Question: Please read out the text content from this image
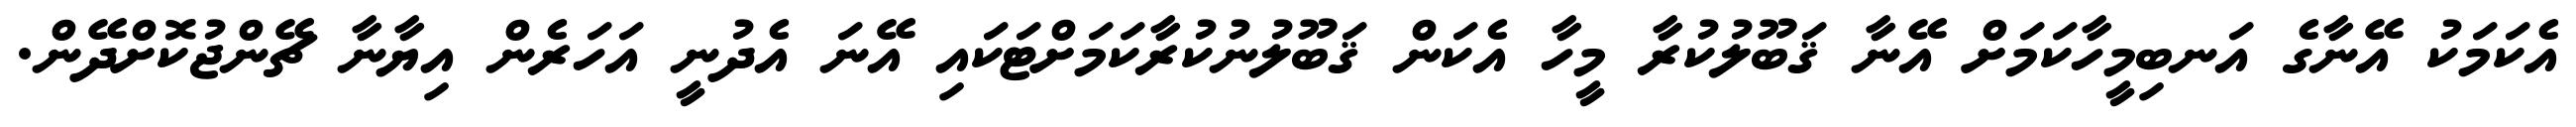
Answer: އެކަމަކު އޭނާގެ އަނބިމީހާކަމަށް އޭނާ ޤަބޫލުކުރާ މީހާ އެކަން ޤަބޫލުނުކުރާކަމަށްޓަކައި އޭނަ އެދުނީ އަހަރެން އިޔާނާ ޗޭންޖުކޮށްދޭން.